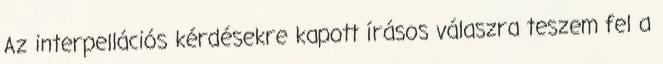
Az interpellációs kérdésekre kapott írásos válaszra teszem fel a